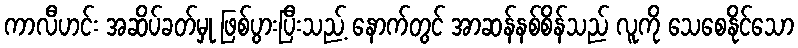
ကာလီဟင်း အဆိပ်ခတ်မှု ဖြစ်ပွားပြီးသည့် နောက်တွင် အာဆန်နစ်စိန်သည် လူကို သေစေနိုင်သော